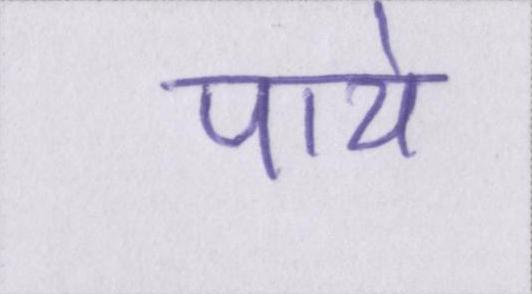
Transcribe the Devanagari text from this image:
पाये